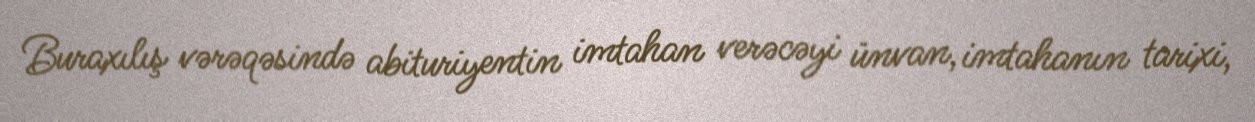
Buraxılış vərəqəsində abituriyentin imtahan verəcəyi ünvan, imtahanın tarixi,